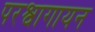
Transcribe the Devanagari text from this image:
परश्वागायन